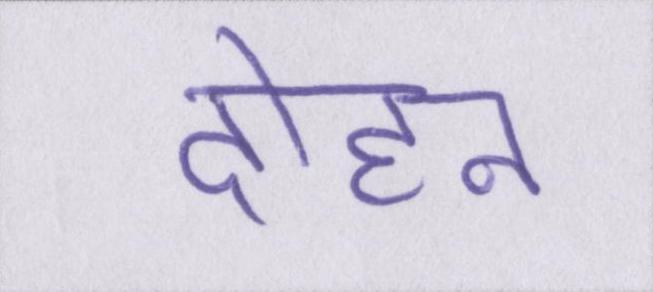
दोहन